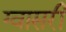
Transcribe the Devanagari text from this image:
ग्वासरी